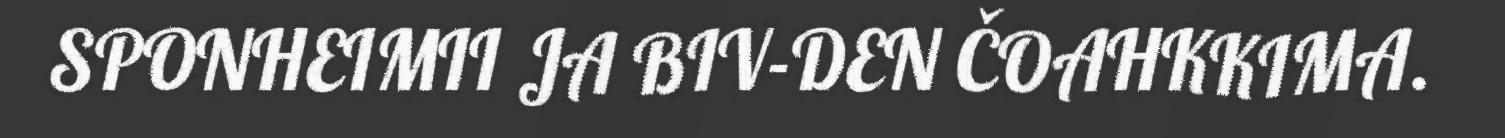
SPONHEIMII JA BIV-DEN ČOAHKKIMA.